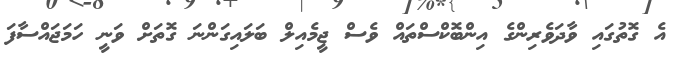
އެ ގޮތުގައި ވާދަވެރިންގެ އިންބޮކްސްތައް ވެސް ޖީމެއިލް ބަލައިގަންނަ ގޮތަށް ވަނީ ހަމަޖައްސާފަ